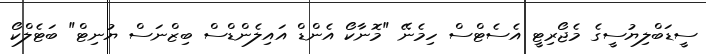
ސީޑަބްލިޔުސީގެ މެޖޯރިޓީ އެސެޓްސް ހިމެނޭ "މޮނާކޯ އެންޑް އައިލެންޑްސް ބިޒްނަސް ޔުނިޓް" ބަޓެލްކޯ